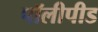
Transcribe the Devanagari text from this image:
पॉलीपीड